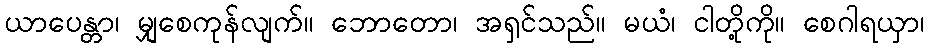
ယာပေန္တာ၊ မျှစေကုန်လျက်။ ဘောတော၊ အရှင်သည်။ မယံ၊ ငါတို့ကို။ စေဂါရယှာ၊